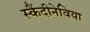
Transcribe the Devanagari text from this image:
स्कैंदीनेविया